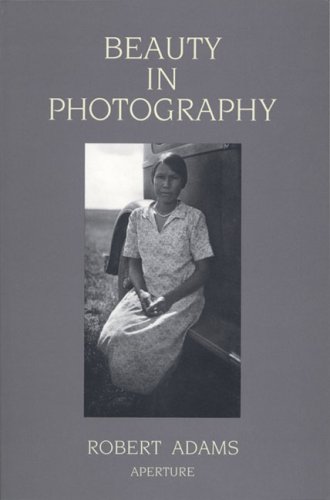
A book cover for Robert Adams: Beauty in Photography: Essays in Defense of Traditional Values; Arts & Photography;